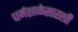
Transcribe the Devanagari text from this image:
धर्मशाळेसारखी